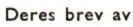
Deres brev av